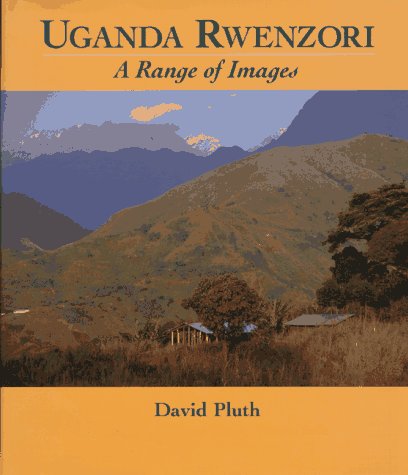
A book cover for Uganda Rwenzori: A Range of Images; David William Pluth; Travel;